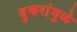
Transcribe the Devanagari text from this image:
डुकरांमुळे